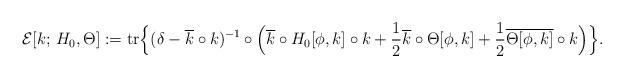
LaTeX: \begin{align*}\mathcal{E}[k;\, H_0, \Theta] := \mathrm{tr}\Big\{(\delta - \overline{k}\circ k)^{-1}\circ\Big(\overline{k}\circ H_0[\phi,k]\circ k + \frac{1}{2}\overline{k}\circ \Theta[\phi,k] + \frac{1}{2}\overline{\Theta[\phi,k]}\circ k \Big)\Big\}.\end{align*}